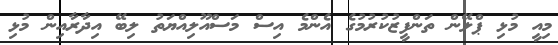
މިއީ މުޅި ޕްލޭން ތަންފީޒުކުރުމުގެ އެންމެ އިސް މަސްއޫލިއްޔަތު ލިބޭ އިދާރާއިން މުޅި